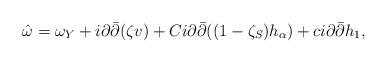
LaTeX: \begin{align*}\hat{\omega} = \omega_Y + i\partial\bar\partial(\zeta v) + C i\partial\bar\partial((1-\zeta_S)h_\alpha) + ci\partial\bar\partial h_1,\end{align*}